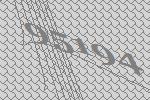
95194